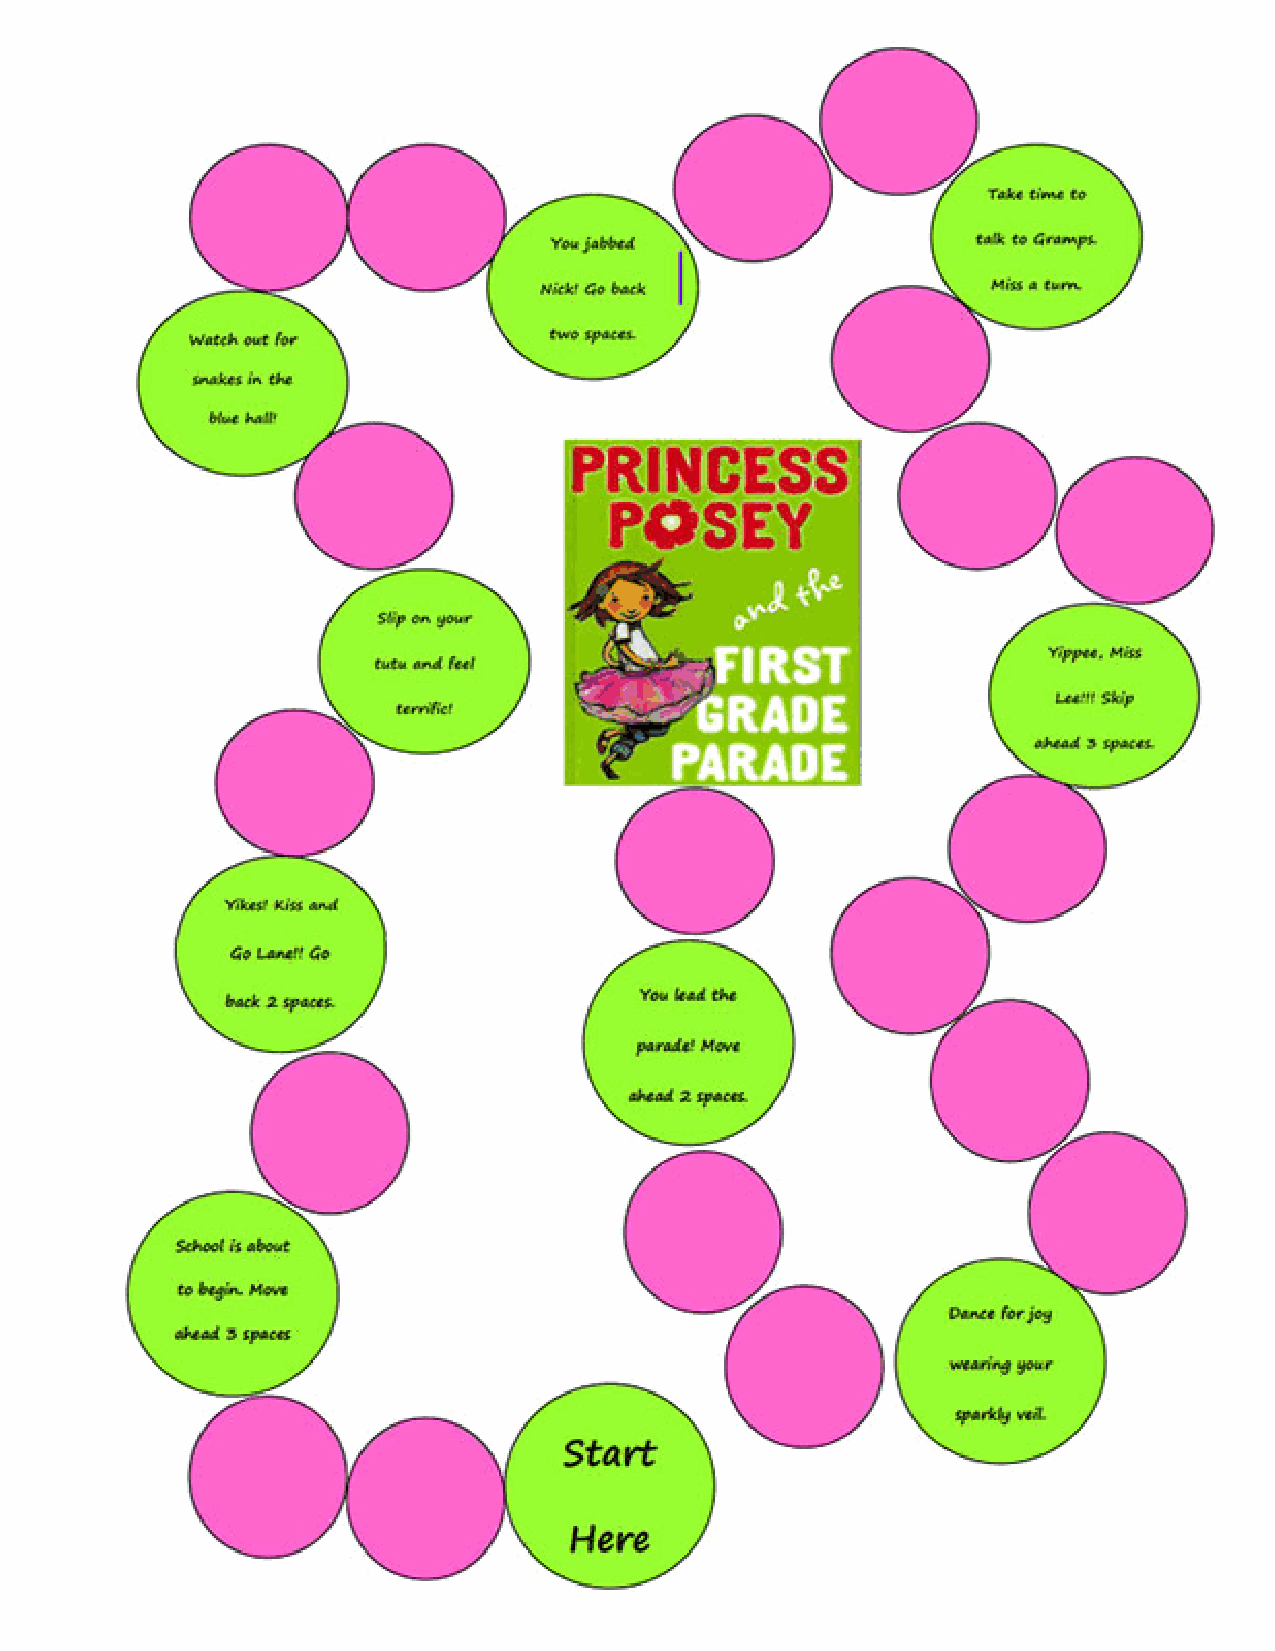
Page 18 of 19, Teachers’ Guide for Princess Posey and the Perfect Present by Stephanie Greene, illustrated by Stephanie Roth
 Sisson (G.P. Putnam’s Sons, 2011) ISBN 978-0399254628. Copyright © 2012, Stephanie Greene. It may be copied for classroom
 or library use but may not be reprinted or resold for commercial purposes. www.stephaniegreenebooks.com
 This Teachers’ Guide was prepared by Debbie Gonzalez. www.debbiegonzalez.com